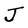
Character: J